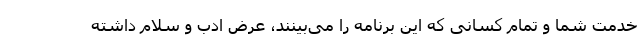
خدمت شما و تمام کسانی که این برنامه را می‌بینند، عرض ادب و سلام داشته